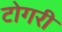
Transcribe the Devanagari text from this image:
टोगरी